Notes on vaccination in the North-West Frontier Province 1923-1928 - 1923-1928
Year: 1923
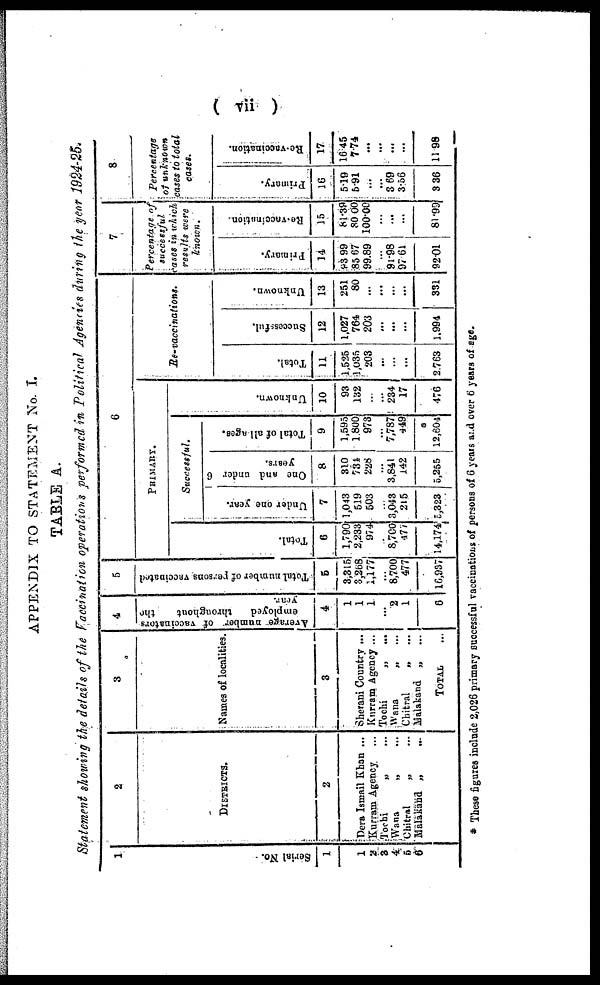
( vii )
APPENDIX TO STATEMENT No. I.
TABLE A.
Statement showing the details of the Vaccination operations performed in Political Agencies during the year 1924-25.
1
Serial No.
1
1
2
3
4
5
6
2
DISTRICTS.
2
Dera Ismail Khan ...
Kurram Agency ...
Tochi „ ...
Wana „ ...
Chitral „ ...
Malakand „ ...
3
Names of localities.
3
Sherani Country ...
Kurram Agency ...
Tochi „ ...
Wana„ ...
Chitral „ ...
Malakand „ ...
TOTAL ...
4
Average number of vaccinators
employed
throughout
the
year.
4
1
1
1
...
2
1
6
5
Total number of persons vaccinated
5
3,315
3,268
1,177
...
8,700
477
16,937
6
PRIMARY.
Total.
6
1,790
2,233
974
...
8,700
477
14,174
Successful.
Under one year.
7
1,043
519
503
...
3,043
215
5,323
One and under 6
years.
8
310
734
228
...
3,841
142
5,255
Total of all ages.
9
1,595
1,800
973
...
7,787
449
12,604
Unknown.
10
93
132
...
234
17
476
Re-vaccinations.
Total.
11
1,535
1,035
208
...
...
...
2,763
Successful.
12
1,027
764
203
...
...
...
1,994
Unknown.
13
251
80
...
...
...
...
331
7
Percentage of
successful
rates in which
results were
known.
Primary.
14
93.99
85.67
99.89
...
91.98
97.61
92.01
Re-vaccination.
15
81.39
30.00
100.00
...
...
...
81.99
8
Percentage
of unknown
cases to total
cases.
Primary.
16
5.19
5.91
...
...
3.69
3.56
3.36
Re-vaccination.
17
16.45
7.74
...
...
...
...
11.98
* These figures include 2,026 primary successful vaccinations of persons of 6 years and over 6 years of age.